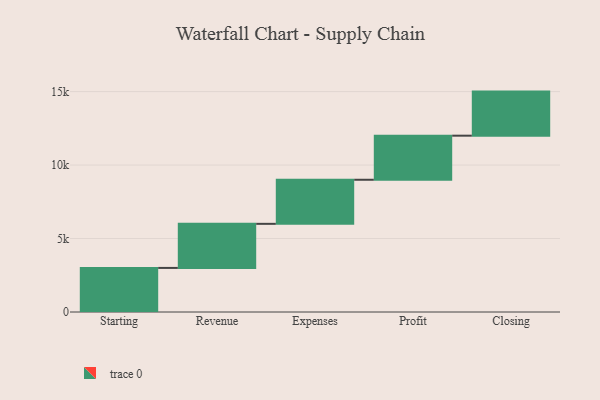
{"axis": {"x": "Step", "y": "Value"}, "legend": [""], "data": [{"x": "Starting", "y": 3000, "type": ""}, {"x": "Revenue", "y": 3000, "type": ""}, {"x": "Expenses", "y": 3000, "type": ""}, {"x": "Profit", "y": 3000, "type": ""}, {"x": "Closing", "y": 3000, "type": ""}]}